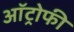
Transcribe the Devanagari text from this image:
ऑट्रोफी